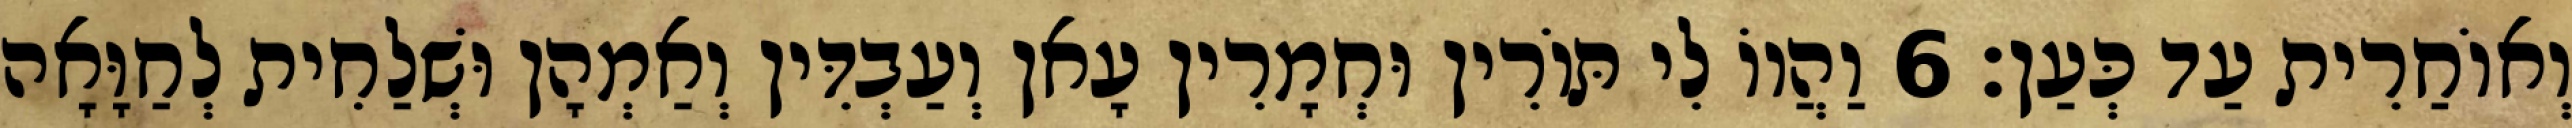
וְאוֹחַרִית עַד כְּעַן׃ 6 וַהֲווֹ לִי תּוֹרִין וּחְמָרִין עָאן וְעַבְדִּין וְאַמְהָן וּשְׁלַחִית לְחַוָּאָה